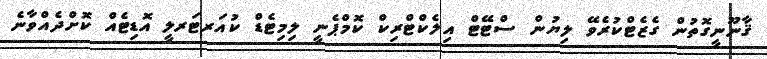
ޤާނޫނީގޮތުން ގެޒެޓްކުރެވޭ ލިޔުން ސްޓޭޓް އިލެކްޓްރިކް ކޮމްޕެނީ ލިމިޓެޑް ކުއަރޓަރލީ އޮޑިޓެއް ކޮށްދެއްވާނެ